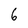
Character: 6